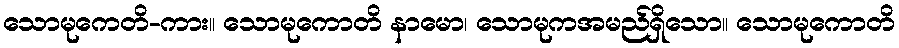
သောမုကေတိ-ကား။ သောမုကောတိ နာမော၊ သောမုကအမည်ရှိသော။ သောမုကောတိ